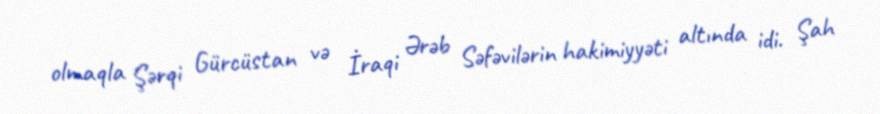
olmaqla Şərqi Gürcüstan və İraqi Ərəb Səfəvilərin hakimiyyəti altında idi. Şah